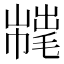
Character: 𢅇